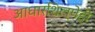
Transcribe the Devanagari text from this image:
आधारशिल्पेही